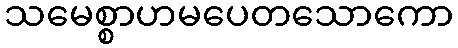
သမေစ္စာဟမပေတသောကော